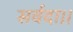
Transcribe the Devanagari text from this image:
सर्वदा।।